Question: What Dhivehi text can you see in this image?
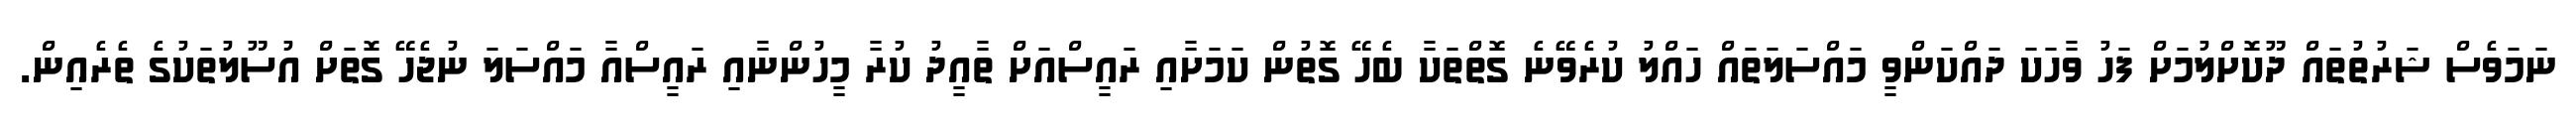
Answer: ނަމަވެސް ޝަރުތުތައް ދޫކޮށްލުމަށް ފަހު ވާހަކަ ދައްކަންވީ މައްސަލަތައް ހައްލު ކުރެވޭނެ ގޮތްތަކާ ބެހޭ ގޮތުން ކަމަށާއި ރައީސްއަށް ތާއީދު ކުރާ މީހުންނާއި ރައީސްއާ މައްސަލަ ނުޖެހޭ ގޮތަށް އުސޫލުތަކުގެ ތެރެއިން.